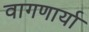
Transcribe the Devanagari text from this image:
वागणार्या